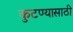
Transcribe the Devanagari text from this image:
कुटण्यासाठी